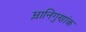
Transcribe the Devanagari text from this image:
म्लानिगुणांक